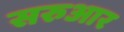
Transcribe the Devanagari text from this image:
सरुआर